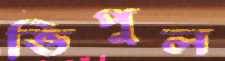
ভিপুল